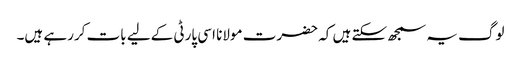
لوگ یہ سمجھ سکتے ہیں کہ حضرت مولانا اسی پارٹی کےلیے بات کررہے ہیں۔